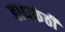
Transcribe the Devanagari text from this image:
हाथकंठी